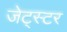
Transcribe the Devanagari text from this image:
जेट्स्टर